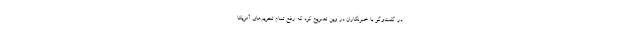
در گفت‌وگو با خبرنگاران در وین تصریح کرد که رفع تمام تحریم‌های آمریکا